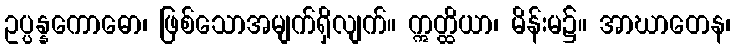
ဥပ္ပန္နကောဓော၊ ဖြစ်သောအမျက်ရှိလျက်။ ဣတ္ထိယာ၊ မိန်းမ၌။ အာဃာတေန၊